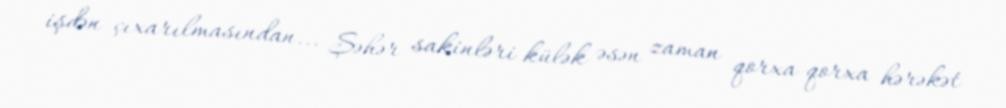
işdən çıxarılmasından... Şəhər sakinləri külək əsən zaman qorxa-qorxa hərəkət